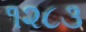
૧૨૮૩